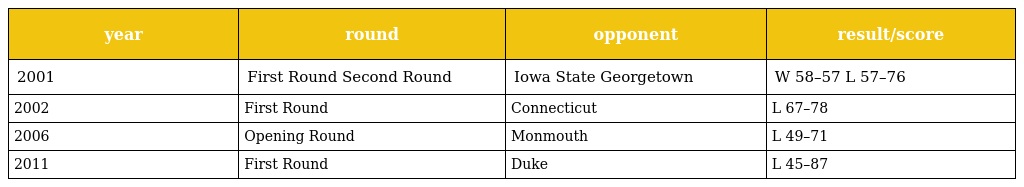
| year | round | opponent | result/score |
 | --- | --- | --- | --- |
 | 2001 | First Round Second Round | Iowa State Georgetown | W 58–57 L 57–76 |
 | 2002 | First Round | Connecticut | L 67–78 |
 | 2006 | Opening Round | Monmouth | L 49–71 |
 | 2011 | First Round | Duke | L 45–87 |